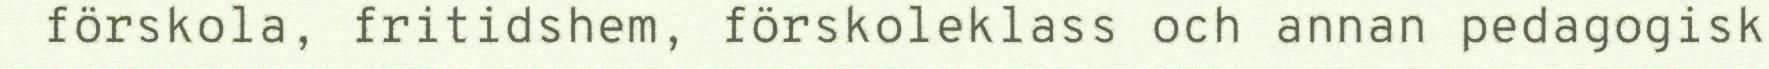
förskola, fritidshem, förskoleklass och annan pedagogisk